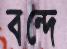
বন্দে